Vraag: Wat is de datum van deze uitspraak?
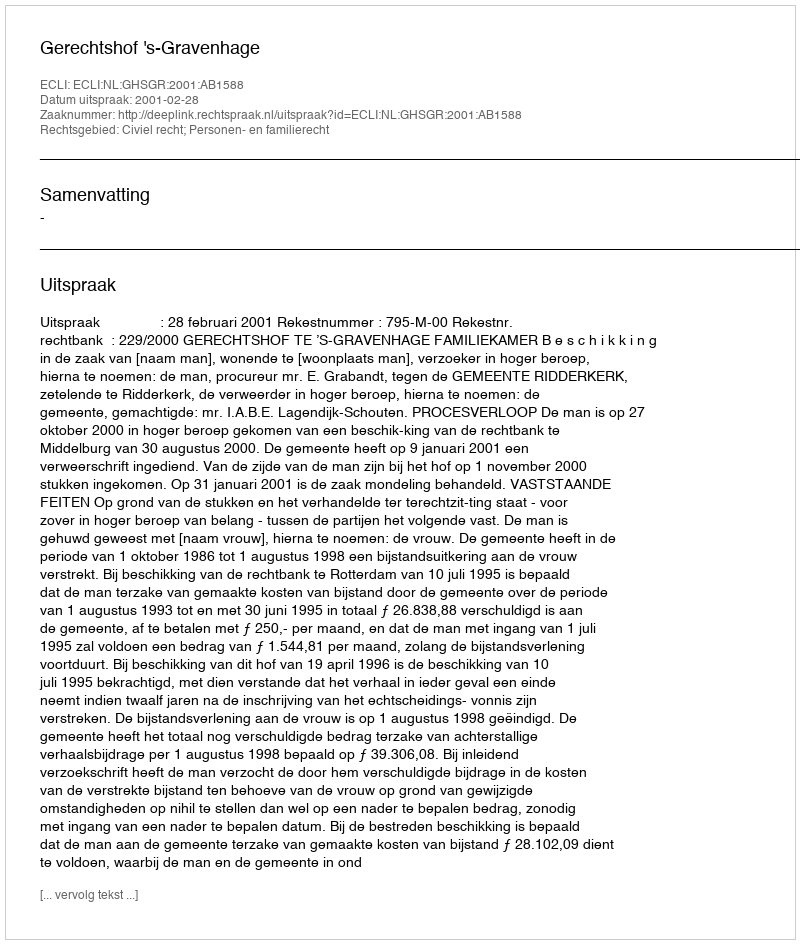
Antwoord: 2001-02-28